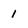
Character: 1